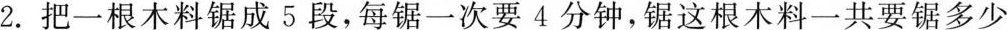
2.把一根木料锯成5段，每锯一次要4分钟，锯这根木料一共要锯多少